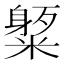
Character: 𥼒